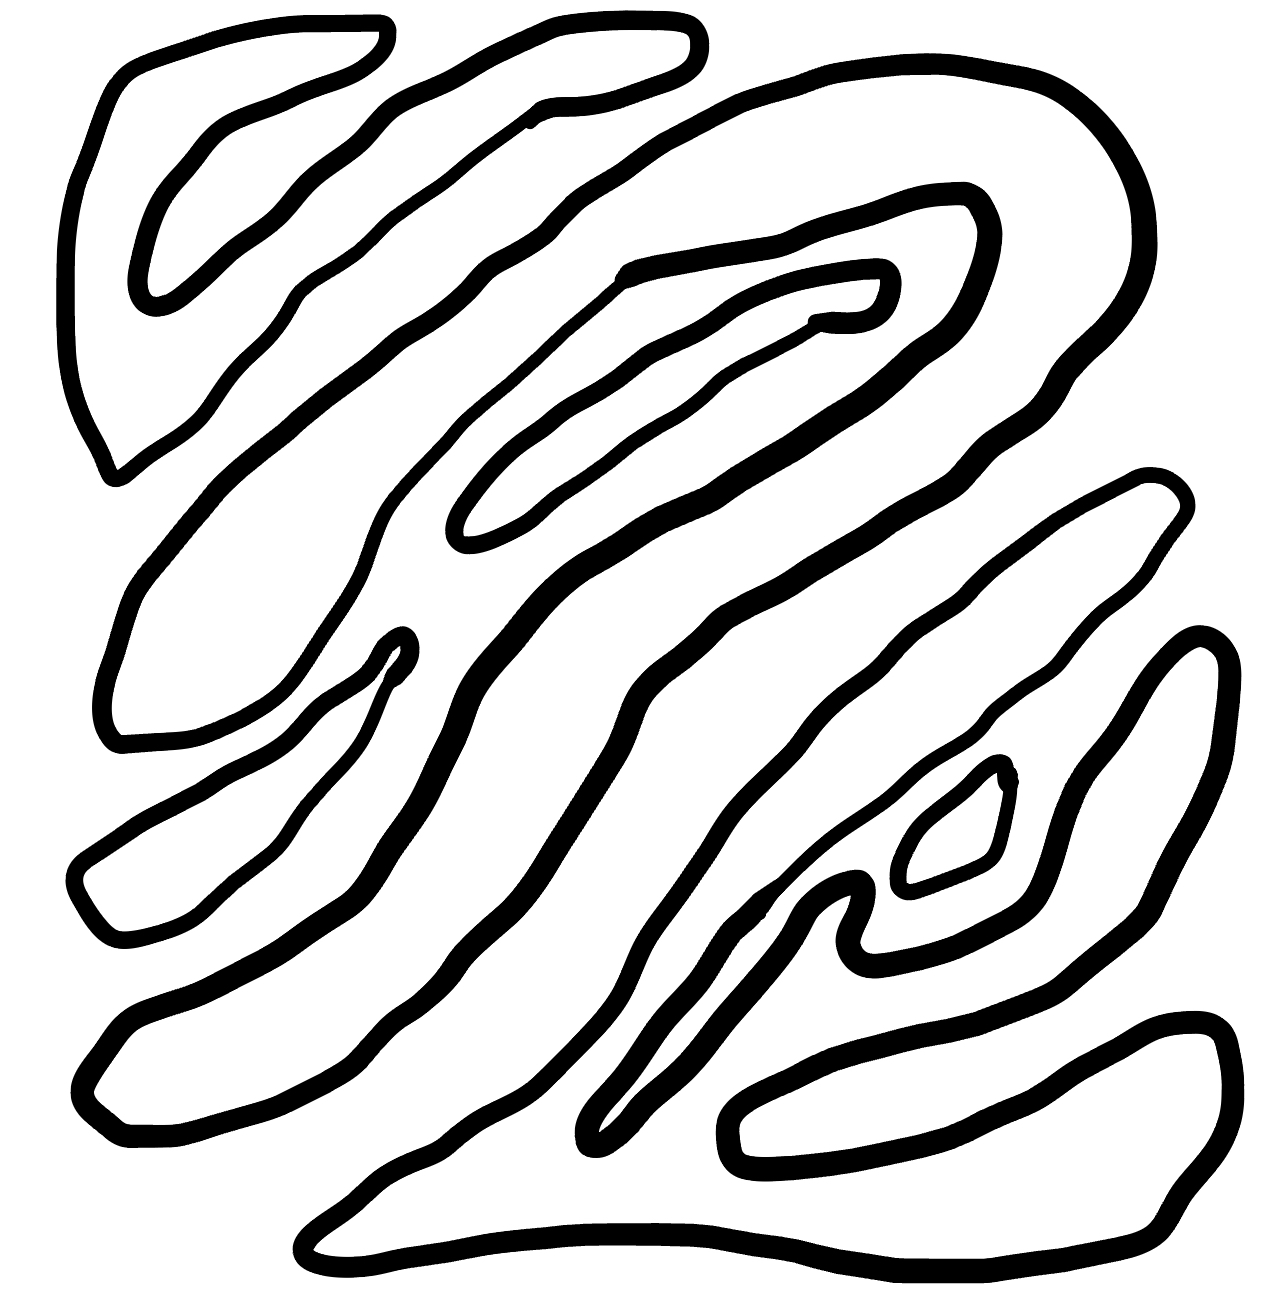
Number of regions (including the outer root region): 7
Containment tree edges (parent, child): 0, 1, 0, 2, 0, 3, 0, 4, 0, 5, 0, 6